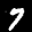
Label: 7